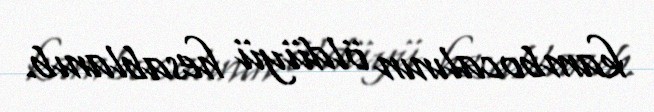
kambocalının öldüyü hesablanıb.